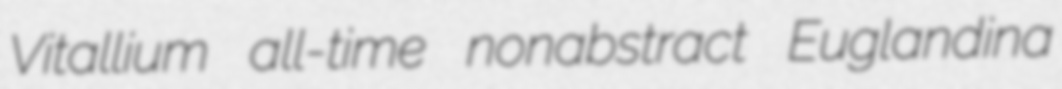
Vitallium all-time nonabstract Euglandina